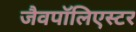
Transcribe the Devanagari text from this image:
जैवपॉलिएस्टर